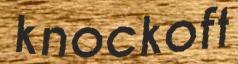
knockoff